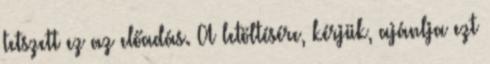
tetszett ez az előadás. A letöltésére, kérjük, ajánlja ezt